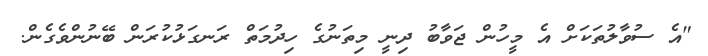
"އެ ސުވާލުތަކަށް އެ މީހުން ޖަވާބު ދިނީ މިތަނުގެ ހިދުމަތް ރަނގަޅުކުރަން ބޭނުންވެގެން.